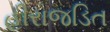
હીરાજડિત